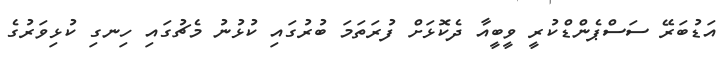
އަޑުބަރޭ ސަސްޕެންޑްކުރީ ވީބީއާ ދެކޮޅަށް ފުރަތަމަ ބުރުގައި ކުޅުނު މެޗުގައި ހިނގި ކުޅިވަރުގެ